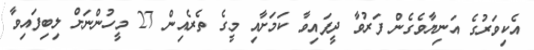
އެކިވަރުގެ އަނިޔާވެގެން ފަރުވާ ދީފައިވާ ކަމަށާއި މީގެ ތެރެއިން 27 މީހުންނަށް ލިބިފައިވާ